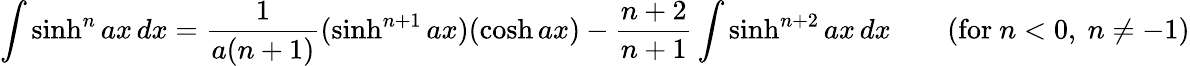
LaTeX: \int\sinh^{n}ax\, dx={\frac{1}{a(n+1)}}(\sinh^{n+1}ax)(\cosh ax)-{\frac{n+2}{n+1}}\int\sinh^{n+2}ax\, dx\qquad{\mathrm{(for~}}n<0{\mathrm{,~}}n\neq-1{\mathrm{)}}